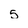
Character: 5